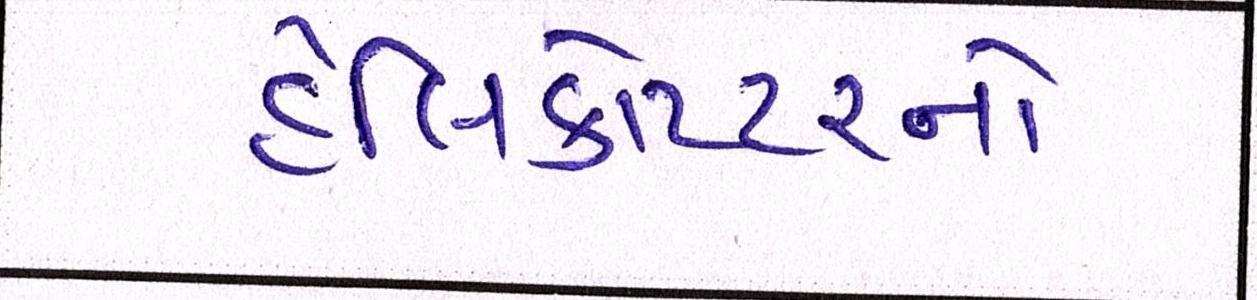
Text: હેલિકોપ્ટરનો